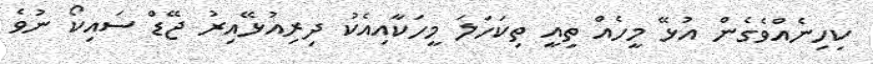
ކިހިނެއްވެގެން އުޅޭ މީހެއް ތިއީ ތިކަހަލަ މީހަކާއިއެކު ދިރިއުޅޭއިރު ޖޭޑް ސައިކޯ ނުވެ